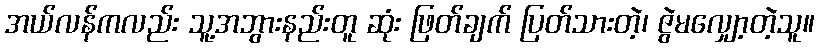
အယ်လန်ကလည်း သူ့အဘွားနည်းတူ ဆုံး ဖြတ်ချက် ပြတ်သားတဲ့၊ ဇွဲမလျှော့တဲ့သူ။